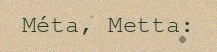
Méta, Metta: